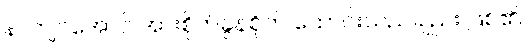
နာကျင်အောင် အားစိုက်ခွန်စိုက် ထောင်းသည်ချည်း ဖြစ်၏။